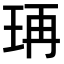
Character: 𤥆